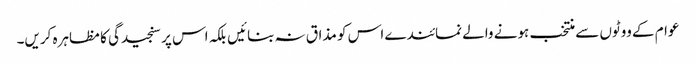
عوام کے ووٹوں سے منتخب ہونے والے نمائندے اس کو مذاق نہ بنائیں بلکہ اس پر سنجیدگی کا مظاہرہ کریں۔